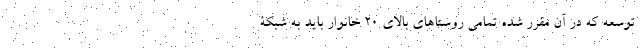
توسعه که در آن مقرر شده تمامی روستاهای بالای 20 خانوار باید به شبکۀ